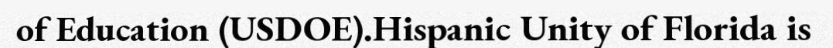
of Education (USDOE).Hispanic Unity of Florida is